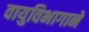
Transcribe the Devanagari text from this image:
वायुविभागाने